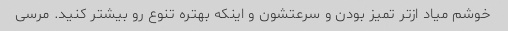
خوشم میاد از‌تر تمیز بودن و سرعتشون و اینکه بهتره تنوع رو بیشتر کنید. مرسی